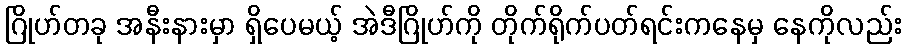
ဂြိုဟ်တခု အနီးနားမှာ ရှိပေမယ့် အဲဒီဂြိုဟ်ကို တိုက်ရိုက်ပတ်ရင်းကနေမှ နေကိုလည်း